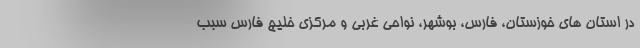
در استان های خوزستان، فارس، بوشهر، نواحی غربی و مرکزی خلیج فارس سبب